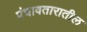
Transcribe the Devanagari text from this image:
पंचावतारातील